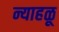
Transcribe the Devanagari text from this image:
न्याहळू